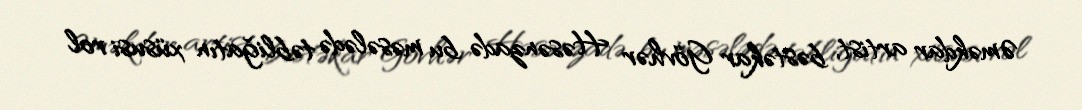
Əməkdar artist, bəstəkar Gövhər Həsənzadə bu məsələdə təbliğatın xüsusi rol